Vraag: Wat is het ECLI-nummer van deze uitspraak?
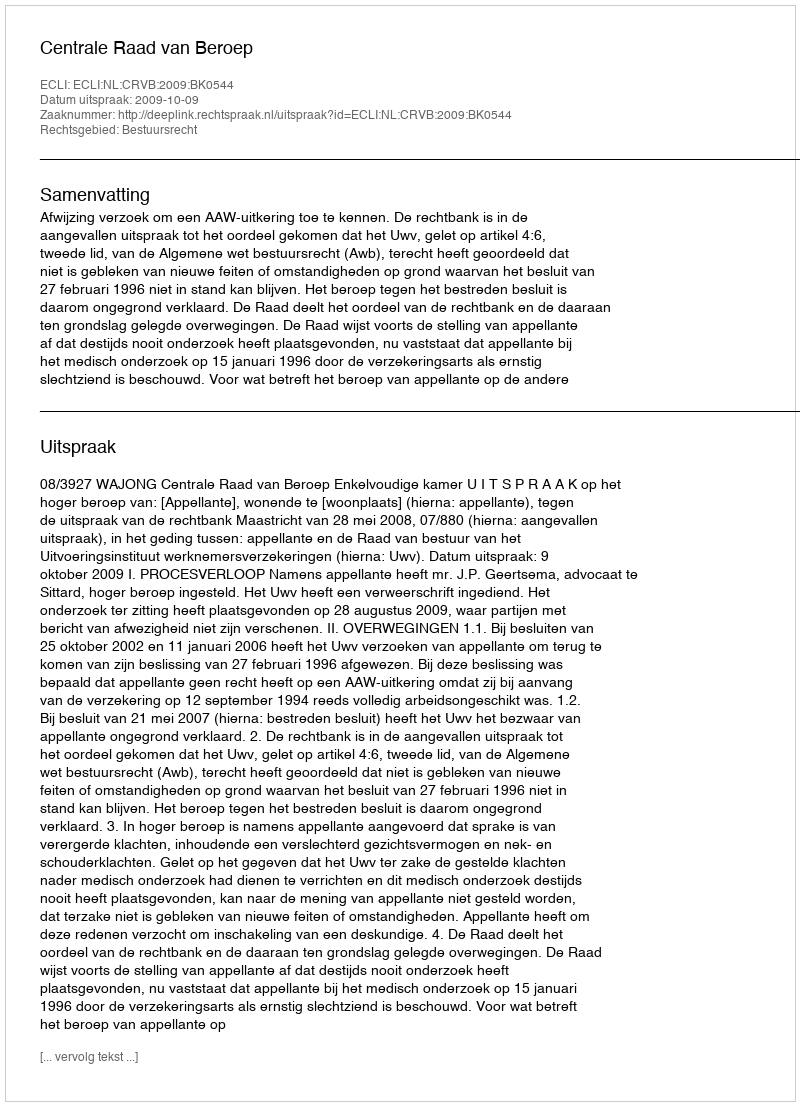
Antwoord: ECLI:NL:CRVB:2009:BK0544